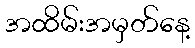
အထိမ်းအမှတ်နေ့